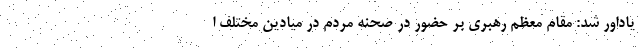
یاداور شد: مقام معظم رهبری بر حضور در صحنه مردم در میادین مختلف ا